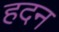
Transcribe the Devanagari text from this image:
हदन